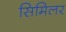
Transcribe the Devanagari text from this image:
सिमिलर